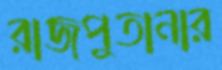
রাজপুতানার